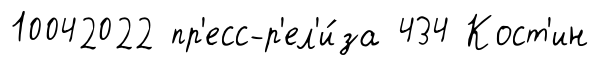
10042022 пр'есс-р'ел'и́за 434 Кост'ин